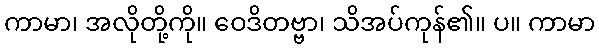
ကာမာ၊ အလိုတို့ကို။ ဝေဒိတဗ္ဗာ၊ သိအပ်ကုန်၏။ ပ။ ကာမာ